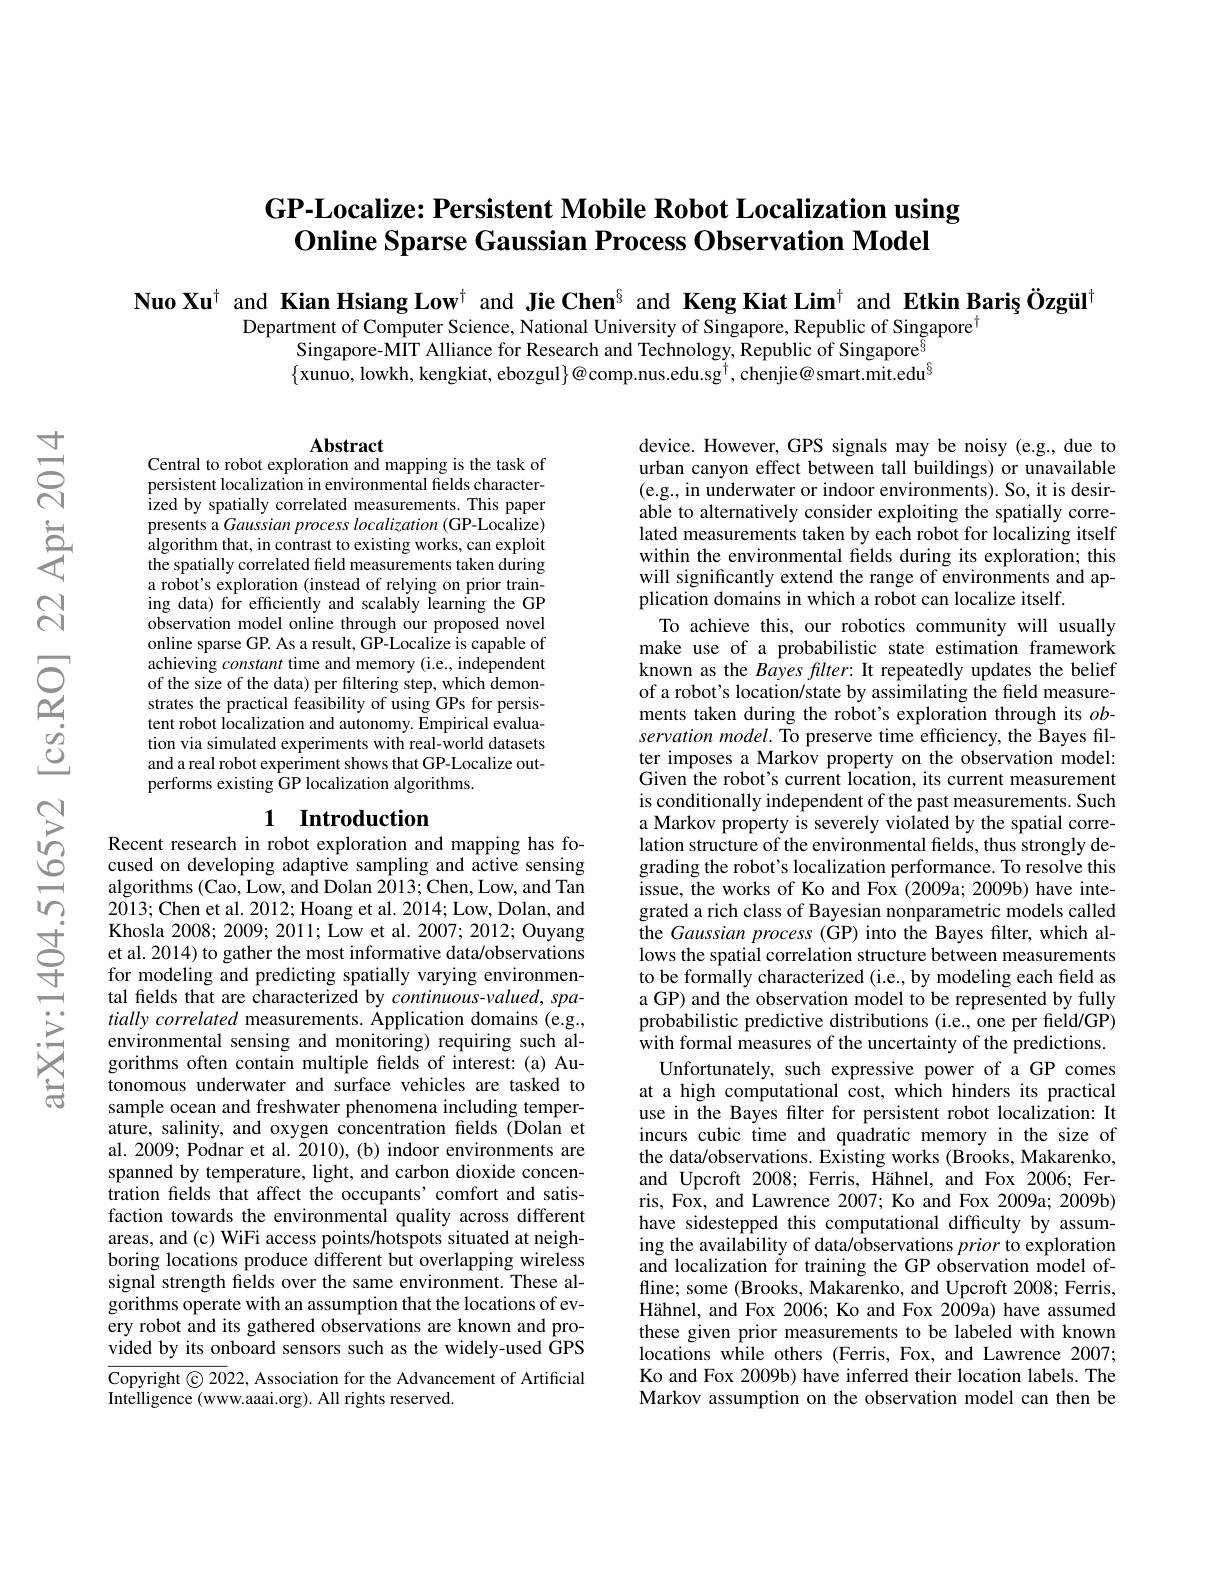
## GP-Localize: Persistent Mobile Robot Localization using Online Sparse Gaussian Process Observation Model

Nuo Xu$^{\dagger}$ and Kian Hsiang Low$^{\dagger}$ and Jie Chen$^{\S}$ and Keng Kiat Lim$^{\dagger}$ and Etkin Bariș Özgül$^{\dagger}$

Department of Computer Science, National University of Singapore, Republic of Singapore$^{[\mathrm{m}]}$
Singapore-MIT Alliance for Research and Technology, Republic of Singapore$^{6}$ $\{$xunuo, lowkh, kengkiat, ebozgul$\}@\text{comp.nus.edu.sg}^{\dagger}$, chenjie@ smart.mit.edu$^\S$

Abstract
Central to robot exploration and mapping is the task of

persistent localization in environmental fields characterized by spatially correlated measurements. This paper presents a Gaussian process localization (GP-Localize) algorithm that, in contrast to existing works, can exploit the spatially correlated field measurements taken during a robot's exploration (instead of relying on prior training data) for efficiently and scalabíy Vearning the GP observation model online through our proposed novel online sparse GP. As a result, GP-Localize is capable of achieving constant time and memory (i.e., independent of the size of the data) per filtering step, which demonstrates the practical feasibility of using GPs for persistent robot localization and autonomy. Empirical evaluation via simulated experiments with real-world datasets and a real robot experiment shows that GP-Localize outperforms existing GP localization algorithms.

# 1 Introduction Recent research in robot exploration and mapping has fo-

device. However, GPS signals may be noisy (e.g., due to urban canyon effect between tall buildings) or unavailable (e.g., in underwater or indoor environments). So, it is desirable to alternatively consider exploiting the spatially correlated measurements taken by each robot for localizing itself within the environmental fields during its exploration; this will significantly extend the range of environments and application domains in which a robot can localize itself
To achieve this, our robotics community will usually make use of a probabilistic state estimation framework known as the Bayes filter: It repeatedly updates the belief of a robot's location/state by assimilating the field measurements taken during the robot's exploration through its $ob$- servation model. To preserve time efficiency, the Bayes filter imposes a Markov property on the observation model: Given the robot's current location, its current measurement is conditionally independent of the past measurements. Such a Markov property is severely violated by the spatial correlation structure of the environmental fields, thus strongly degrading the robot's localization performance. To resolve this issue, the works of Ko and Fox (2009a; 2009b) have integrated a rich class of Bayesian nonparametric models called the Gaussian process (GP) into the Bayes filter, which allows the spatial correlation structure between measurements to be formally characterized (i.e., by modeling each field as a GP) and the observation model to be represented by fully probabilistic predictive distributions (i.e., one per field/GP) with formal measures of the uncertainty of the predictions. Unfortunately, such expressive power of a GP comes
at a high computational cost, which hinders its practical use in the Bayes filter for persistent robot localization: It incurs cubic time and quadratic memory in the size of the data/observations. Existing works (Brooks, Makarenko, and Upcroft 2008; Ferris, Hähnel, and Fox 2006; Ferris, Fox, and Lawrence 2007; Ko and Fox 2009a; 2009b) have sidestepped this computational difficulty by assuming the availability of data/observations prior to exploration and localization for training the GP observation model offline; some (Brooks, Makarenko, and Upcroft 2008; Ferris, Hähnel, and Fox 2006; Ko and Fox 2009a) have assumed these given prior measurements to be labeled with known locations while others (Ferris, Fox, and Lawrence 2007; Ko and Fox 2009b) have inferred their location labels. The Markov assumption on the observation model can then be

cused on developing adaptive sampling and active sensing algorithms (Cao,Low, and Dolan 2013; Chen, Low, and Tan 2013; Chen et al. 2012; Hoang et al. 2014; Low, Dolan, and Khosla 2008; 2009; 2011; Low et al. 2007; 2012; Ouyang et al. 2014) to gather the most informative data/observations for modeling and predicting spatially varying environmental fields that are characterized by continuous-valued, spatially correlated measurements. Ápplication domains (e.g., environmental sensing and monitoring) requiring such algorithms often contain multiple fields of interest: (a) Autonomous underwater and surface vehicles are tasked to sample ocean and freshwater phenomena including temper- $\hat{\text{ature, salinity, and oxygen concentration fields(Dolan et})}$ al. 2009; Podnar et al. 2010), (b) indoor environments are spanned by temperature, light, and carbon dioxide concentration felds that affect the occupants'comfort and satisfaction towards the environmental quality across different areas, and (c) WiFi access points/hotspots situated at neighboring locations produce different but overlapping wireless signal strength fields over the same environment. These algorithms operate with an assumption that the locations of every robot and its gathered observations are known and provided by its onboard sensors such as the widely-used GPS $\overline{\mathrm{Copyright©20}}$22, Association for the Advancement of Artificial Intelligence (www.aaai.org). All rights reserved